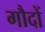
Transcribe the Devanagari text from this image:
गौदों